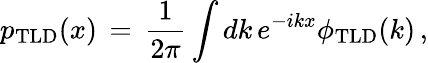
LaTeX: p_{\mathrm{TLD}}(x)\, =\, \frac{1}{2\pi}\int dk\, e^{-ikx}\phi_{\mathrm{TLD}}(k)\, ,